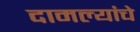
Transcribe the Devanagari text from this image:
दामल्यांचे